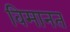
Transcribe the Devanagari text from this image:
विमानत